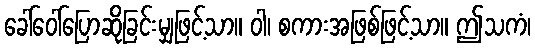
ခေါ်ဝေါ်ပြောဆိုခြင်းမျှဖြင့်သာ။ ဝါ၊ စကားအဖြစ်ဖြင့်သာ။ ဤသကံ၊